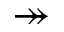
\twoheadrightarrow